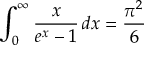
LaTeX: \int _ { 0 } ^ { \infty } { \frac { x } { e ^ { x } - 1 } } \, d x = { \frac { \pi ^ { 2 } } { 6 } }